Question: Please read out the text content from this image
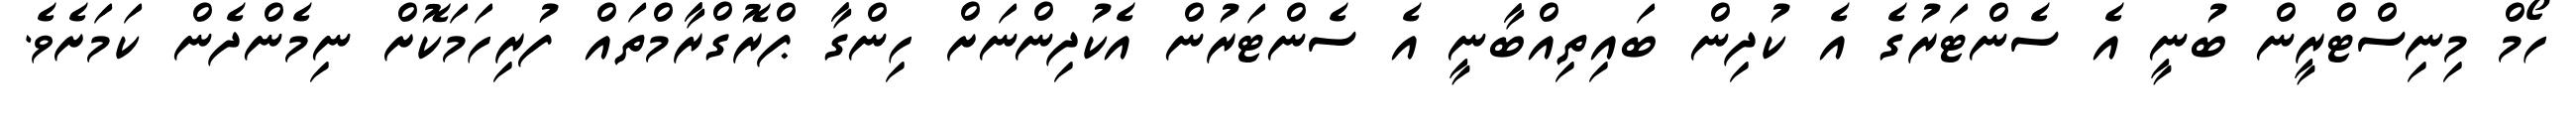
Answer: ހޯމް މިނިސްޓްރީން ބުނީ އެ ސެންޓަރުގެ އެ ކުދިން ބައިތިއްބާނީ އެ ސެންޓަރުން އެކުދިންނަށް ހިންގާ ޕްރޮގްރާމްތައް ފުރިހަމަކޮށް ނިމެންދެން ކަމަށެވެ.